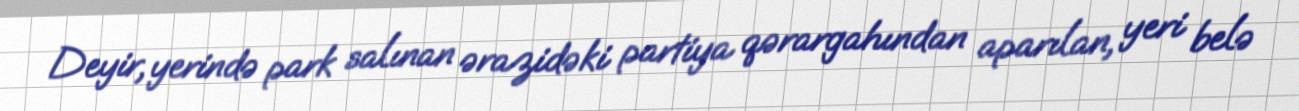
Deyir, yerində park salınan ərazidəki partiya qərargahından aparılan, yeri belə